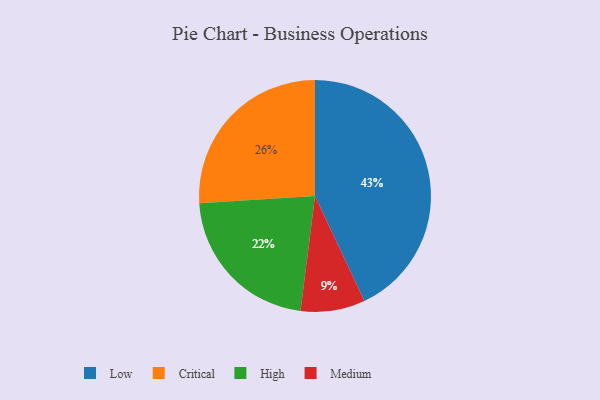
{"axis": {"x": "Category", "y": "Percentage"}, "legend": ["Critical", "High", "Low", "Medium"], "data": [{"x": "Medium", "y": 9, "type": "Medium"}, {"x": "Low", "y": 43, "type": "Low"}, {"x": "High", "y": 22, "type": "High"}, {"x": "Critical", "y": 26, "type": "Critical"}]}